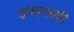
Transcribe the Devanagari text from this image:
द्वव्यलक्ष्मी